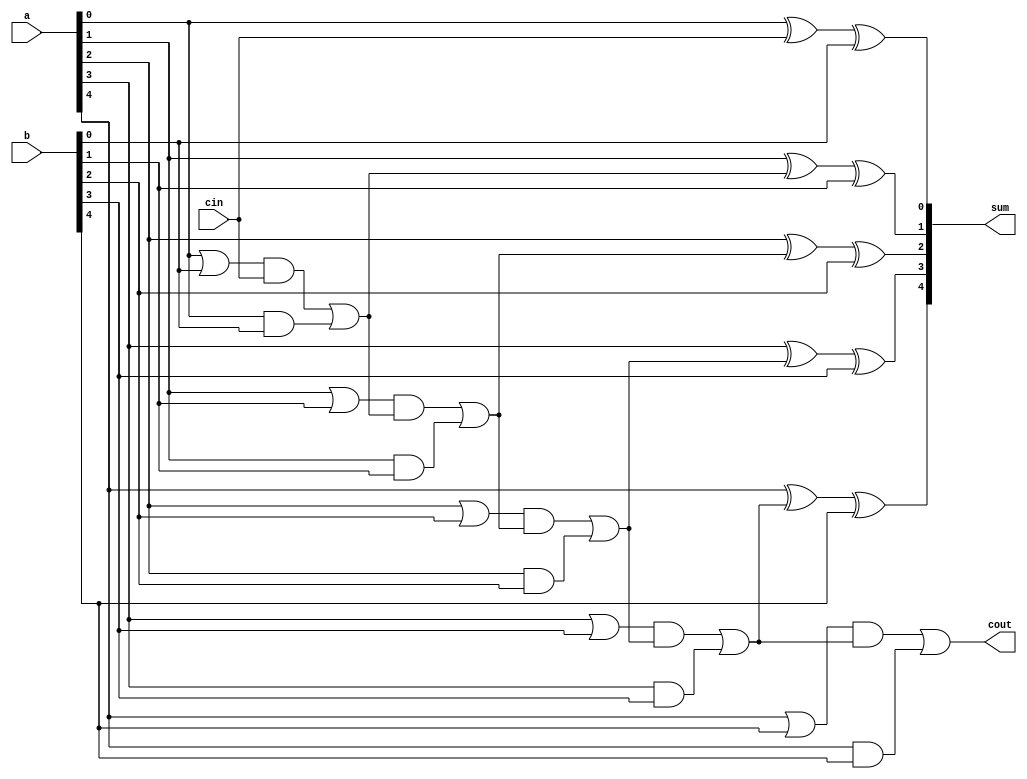
`define UP 5'd2         //states define
`define DOWN 5'd4
`define LEFT 5'd3
`define RIGHT 5'd1
`define IDLE 4'd0

module adderSubtractor(a, b, cin, cout, sum) ;  //combinational logic
	parameter n = 5;
	input [n - 1 : 0] a, b;
	input cin;
	output [n - 1 : 0] sum;
	output cout;

	wire mid0, mid1, mid2, mid3, mid4, c1, c2, c3, c4, p0, p1, p2, p3,
	p4, g0, g1, g2, g3, g4, addg0, addg1, addg2, addg3, addg4;

	xor befs0(mid0, a[0], cin);
	xor s0(sum[0], mid0, b[0]);

	// generate c1
	and g_0(g0, a[0], b[0]);
	or p_0(p0, a[0], b[0]);
	and add_g0(addg0, p0, cin);
	or c_1(c1, addg0, g0);

	// sum[1]
	xor befs1(mid1, a[1], c1);
	xor s1(sum[1], mid1, b[1]);

	// generate c2
	and g_1(g1, a[1], b[1]);
	or p_1(p1, a[1], b[1]);
	and add_g1(addg1, p1, c1);
	or c_2(c2, addg1, g1);

	// sum[2]
	xor befs2(mid2, a[2], c2);
	xor s2(sum[2], mid2, b[2]);

	// generate c3
	and g_2(g2, a[2], b[2]);
	or p_2(p2, a[2], b[2]);
	and add_g2(addg2, p2, c2);
	or c_3(c3, addg2, g2);

	// sum[3]
	xor befs3(mid3, a[3], c3);
	xor s3(sum[3], mid3, b[3]);

	// generate c4
	and g_3(g3, a[3], b[3]);
	or p_3(p3, a[3], b[3]);
	and add_g3(addg3, p3, c3);
	or c_4(c4, addg3, g3);

	// sum[4]
	xor befs4(mid4, a[4], c4);
	xor s4(sum[4], mid4, b[4]);

	// cout
	and g_4(g4, a[4], b[4]);
	or p_4(p4, a[4], b[4]);
	and add_g4(addg4, p4, c4);
	or c_out(cout, addg4, g4);
endmodule

module TBT(clk, rst, start, data, en, addr, fin, result);
	input clk, rst, start;
	input [4 : 0] data;
	output en, fin;
	output [4 : 0] addr, result;
	reg [3:0] state, next_state;
	reg [4:0] index, next_index;
	reg [4:0] leng, next_leng;
	reg [4:0] ans, next_ans;
	reg [4:0] state_mani;
	reg [4:0] addend;
	wire nouse;
	wire [4:0] add_sub_out;

	always @(posedge rst or posedge clk) begin
		if (rst == 1'b1) begin
			state <= `IDLE;
			index <= 5'd31;
			leng <= 5'd0;
			ans <= 5'd0;
		end
		else begin
			state <= next_state;
			index <= next_index;
			leng <= next_leng;
			ans <= next_ans;
		end
	end

	always @(*) begin
		next_index = index + 5'd1;
		next_leng = leng;
		next_ans = ans;
		next_state = state;
		case (state)
			`IDLE:begin
				next_state = (start == 1'b1)? 4'd5 : `IDLE;
				next_index = (start == 1'b1)? 5'd0 : 5'd31;
				next_leng = (start == 1'b1)? data : leng;
			end
			4'd1:begin
				case (data)
					`RIGHT:next_state = 4'd2;
					`DOWN:next_state = 4'd4;
				endcase
				addend = -5'd2;
				// next_ans = ans - 5'd2;
				next_ans = add_sub_out;
			end
			4'd2:begin
				case (data)
					`RIGHT:next_state = 4'd3;
					`DOWN:next_state = 4'd5;
					`LEFT:next_state = 4'd1;
				endcase
				addend = -5'd1;
				// next_ans = ans - 5'd1;
				next_ans = add_sub_out;
			end
			4'd3:begin
				case (data)
					`LEFT:next_state = 4'd2;
					`DOWN:next_state = 4'd6;
				endcase
				addend = 5'd2;
				// next_ans = ans + 5'd2;
				next_ans = add_sub_out;
			end
			4'd4:begin
				case (data)
					`UP:next_state = 4'd1;
					`RIGHT:next_state = 4'd5;
					`DOWN:next_state = 4'd7;	
				endcase
				addend = -5'd1;
				// next_ans = ans - 5'd1;
				next_ans = add_sub_out;
			end
			4'd5:begin
				case (data)
					`UP:next_state = 4'd2;
					`RIGHT:next_state = 4'd6;
					`DOWN:next_state = 4'd8;
					`LEFT:next_state = 4'd4;
				endcase
			end
			4'd6:begin
				case (data)
					`UP:next_state = 4'd3;
					`LEFT:next_state = 4'd5;
					`DOWN:next_state = 4'd9;
				endcase
				addend = 5'd1;
				// next_ans = ans + 5'd1;
				next_ans = add_sub_out;
			end
			4'd7:begin
				case (data)
					`UP:next_state = 4'd4;
					`RIGHT:next_state = 4'd8;
				endcase
				addend = 5'd2;
				// next_ans = ans + 5'd2;
				next_ans = add_sub_out;
			end
			4'd8:begin
				case (data)
					`UP:next_state = 4'd5;
					`LEFT:next_state = 4'd7;
					`RIGHT:next_state = 4'd9;
				endcase
				addend = 5'd1;
				// next_ans = ans + 5'd1;
				next_ans = add_sub_out;
			end
			4'd9:begin
				case (data)
					`UP:next_state = 4'd6;
					`LEFT:next_state = 4'd8;
				endcase
				addend = -5'd2;
				// next_ans = ans - 5'd2;
				next_ans = add_sub_out;
			end
		endcase
	end

	assign en = 1'b1;
	assign addr = index;
	assign fin = (start == 1'b1 && index == leng)? 1'b1: 1'b0;
	assign result = (fin == 1'b1)? next_ans : 5'd0;

	adderSubtractor as (.cin(1'b0), .a(ans), .b(addend), .cout(nouse), .sum(add_sub_out));
endmodule